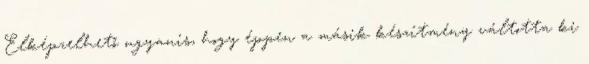
Elképzelhető ugyanis, hogy éppen a másik készítmény váltotta ki